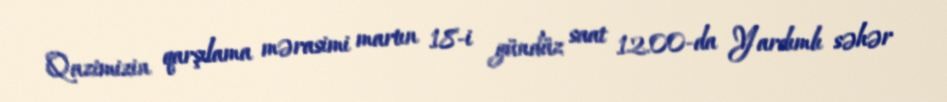
Qazimizin qarşılama mərasimi martın 18-i gündüz saat 12.00-da Yardımlı səhər